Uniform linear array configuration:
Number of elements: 12
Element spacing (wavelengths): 0.75
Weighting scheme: uniform
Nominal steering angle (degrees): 45
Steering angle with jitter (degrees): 46.466
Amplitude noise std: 0.05
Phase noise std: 0.05

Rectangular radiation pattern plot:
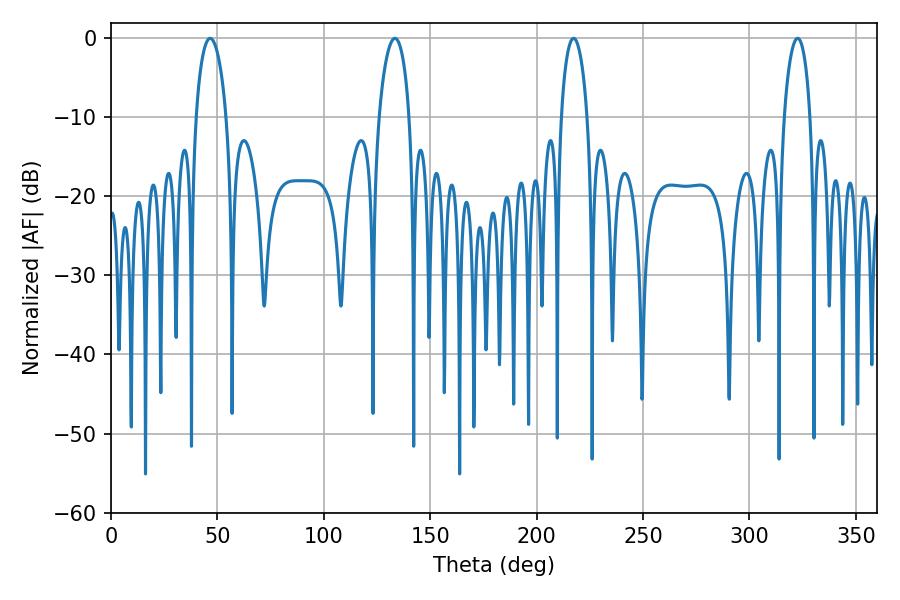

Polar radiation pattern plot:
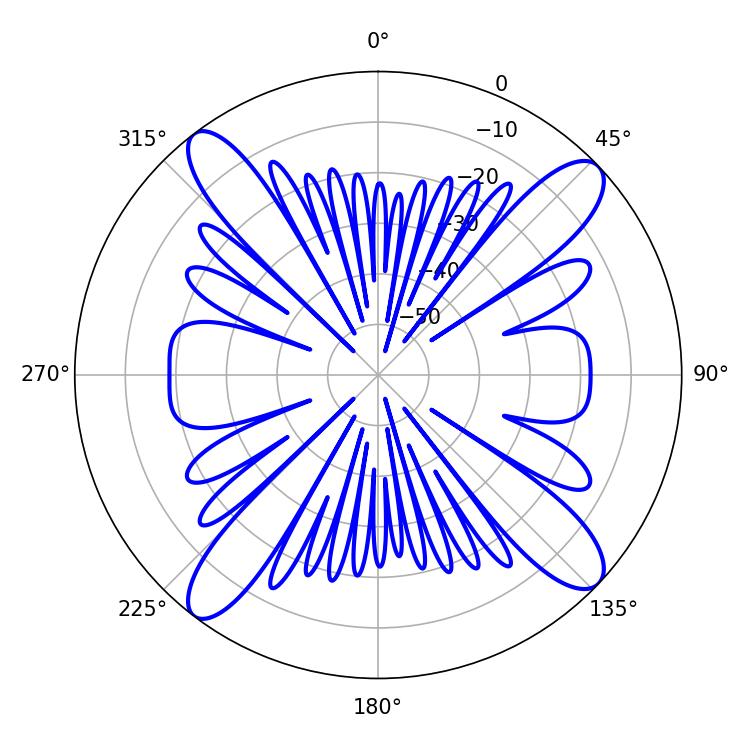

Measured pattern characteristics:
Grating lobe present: TRUE
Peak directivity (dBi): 14.981
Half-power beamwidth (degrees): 8.1
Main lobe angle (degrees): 46.62